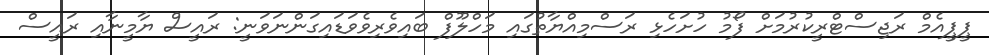
ޕީޕީއެމް ރަޖިސްޓްރީކުރުމަށް ފޯމު ހުށަހެޅި ރަސްމިއްޔާތުގައި މަހްލޫފް ބައިވެރިވެވަޑައިގަންނަވަނީ: ރައީސް ޔާމީނާއި ރައީސް